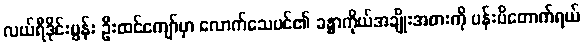
လယ်ရီဒိုင်းမွန်း ဦးထင်ကျော်မှာ လောက်သေပင်၏ ခန္ဓာကိုယ်အချိုးအစားကို ပန်းပိတောက်ရယ်